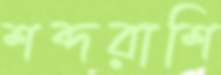
শব্দরাশি